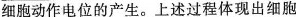
细胞动作电位的产生。上述过程体现出细胞